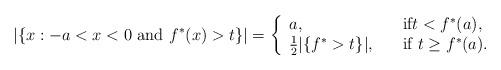
LaTeX: \begin{align*}|\{x:-a<x<0\,\,\mbox{and}\,\,f^*(x)>t\}|=\left\{\begin{array}{ll}a,& \mbox{{\rm if}$t<f^*(a)$,}\\\frac12|\{f^*>t\}|,\quad& \mbox{{\rm if} $t\geq f^*(a)$}.\\\end{array}\right.\end{align*}